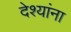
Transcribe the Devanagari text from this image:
देश्यांना